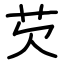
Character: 芡